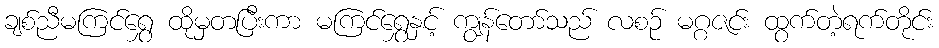
ချစ်ညီမကြင်ရွှေ ထိုမှတပြီးကာ မကြင်ရွှေနှင့် ကျွန်တော်သည် လစဉ် မဂ္ဂဇင်း ထွက်တဲ့ရက်တိုင်း